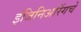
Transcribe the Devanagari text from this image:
इंजिनिअरिंगचे